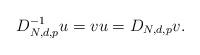
LaTeX: \begin{align*}D_{N,d,p}^{-1}u=vu=D_{N,d,p}v.\end{align*}